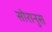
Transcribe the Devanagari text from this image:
सोरानुस